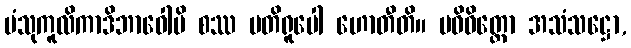
ပံသုကူလိကာဒိဘာဝေါပိ စဿ ပတိရူပေါ ဟောတီတိ။ ပဝိဝိတ္တော အသံသဋ္ဌော,